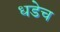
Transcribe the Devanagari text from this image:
धडेच